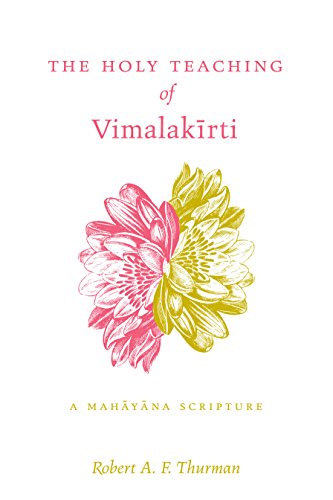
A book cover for The Holy Teaching of Vimalakirti: A Mahayana Scripture; Vimalakirti; Religion & Spirituality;